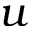
u